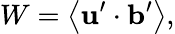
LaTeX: W=\left\langle{{\mathbf{u}}^{\prime}\cdot{\mathbf{b}}^{\prime}}\right\rangle,